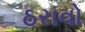
ઠરાવો